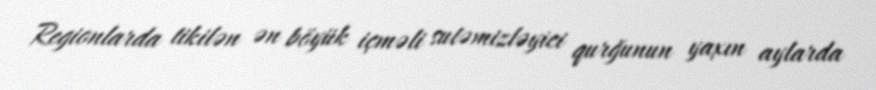
Regionlarda tikilən ən böyük içməli sutəmizləyici qurğunun yaxın aylarda